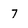
Character: 7